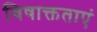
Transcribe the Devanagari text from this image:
विषाक्तताएं